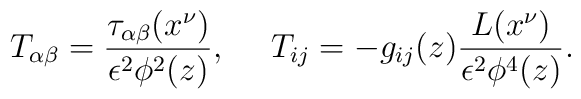
T_{\alpha\beta } = \frac{\tau_{\alpha\beta }(x^\nu)}{\epsilon^2\phi ^2(z)}, ~~~~ T_{ij} = - g_{ij}(z)\frac{L(x^\nu)}{\epsilon^2\phi ^4(z)} .